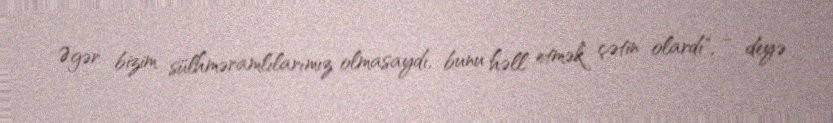
Əgər bizim sülhməramlılarımız olmasaydı, bunu həll etmək çətin olardı", - deyə